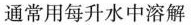
通常用每升水中溶解